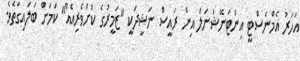
އަހަރު އެމްނެސްޓީ އިންޓަނޭޝަނަލް އިން ރައީސް ނަޝީދަކީ "ޒަމީރުގެ ކުށްވެރިއެއް" ކަމަށް ބަލައިގަތެވެ.